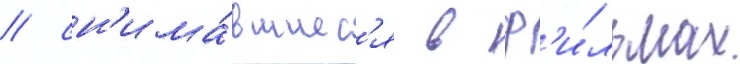
/ сн'има́вшиес'я в ф'и́льмах